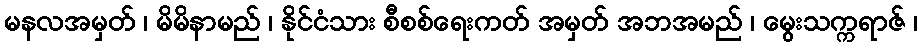
မနလအမှတ် ၊ မိမိနာမည် ၊ နိုင်ငံသား စီစစ်ရေးကတ် အမှတ် အဘအမည် ၊ မွေးသက္ကရာဇ် ၊